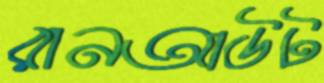
রানআউট